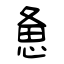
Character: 惫